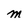
Character: M